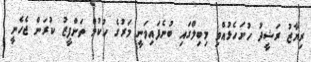
ރިޔާޒު ރަޝީދު ހުށަހެޅުއްވި މިބިލްގައި ބުނެފައިވަނީ މަރުގެ ހުކުމް ތަންފީޒު ކުރަން ޖެހެނީ